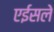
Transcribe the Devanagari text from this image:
एईसले